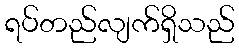
ရပ်တည်လျက်ရှိသည်